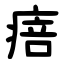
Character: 㾦